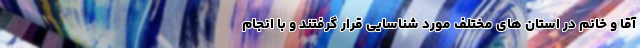
آقا و خانم در استان های مختلف مورد شناسایی قرار گرفتند و با انجام